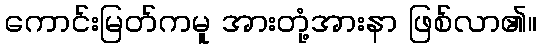
ကောင်းမြတ်ကမူ အားတုံ့အားနာ ဖြစ်လာ၏။